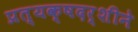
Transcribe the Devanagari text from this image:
प्रत्यक्षदर्शीने